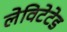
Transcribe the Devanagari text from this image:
लेविटेटेड